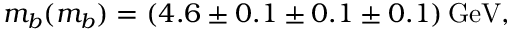
m _ { b } ( m _ { b } ) = ( 4 . 6 \pm 0 . 1 \pm 0 . 1 \pm 0 . 1 ) \, \mathrm { G e V } ,